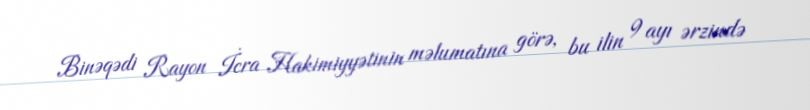
Binəqədi Rayon İcra Hakimiyyətinin məlumatına görə, bu ilin 9 ayı ərzində